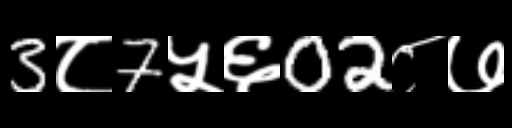
Text: 3८7५६02८७